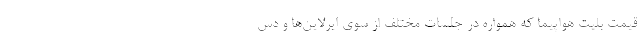
قیمت بلیت هواپیما که همواره در جلسات مختلف از سوی ایرلاین‌ها و دس